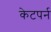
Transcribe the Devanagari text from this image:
केटपर्न